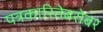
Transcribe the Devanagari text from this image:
पत्रकारितेबरोबर